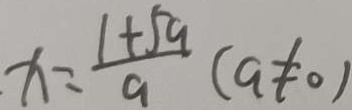
x = \frac { 1 + 5 a } { a } ( a \neq 0 )